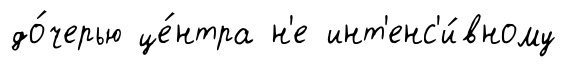
до́черью це́нтра н'е инт'енс'и́вному